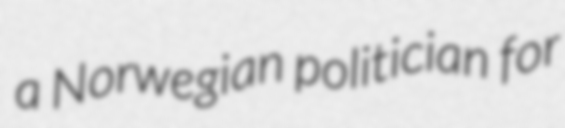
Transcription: a Norwegian politician for